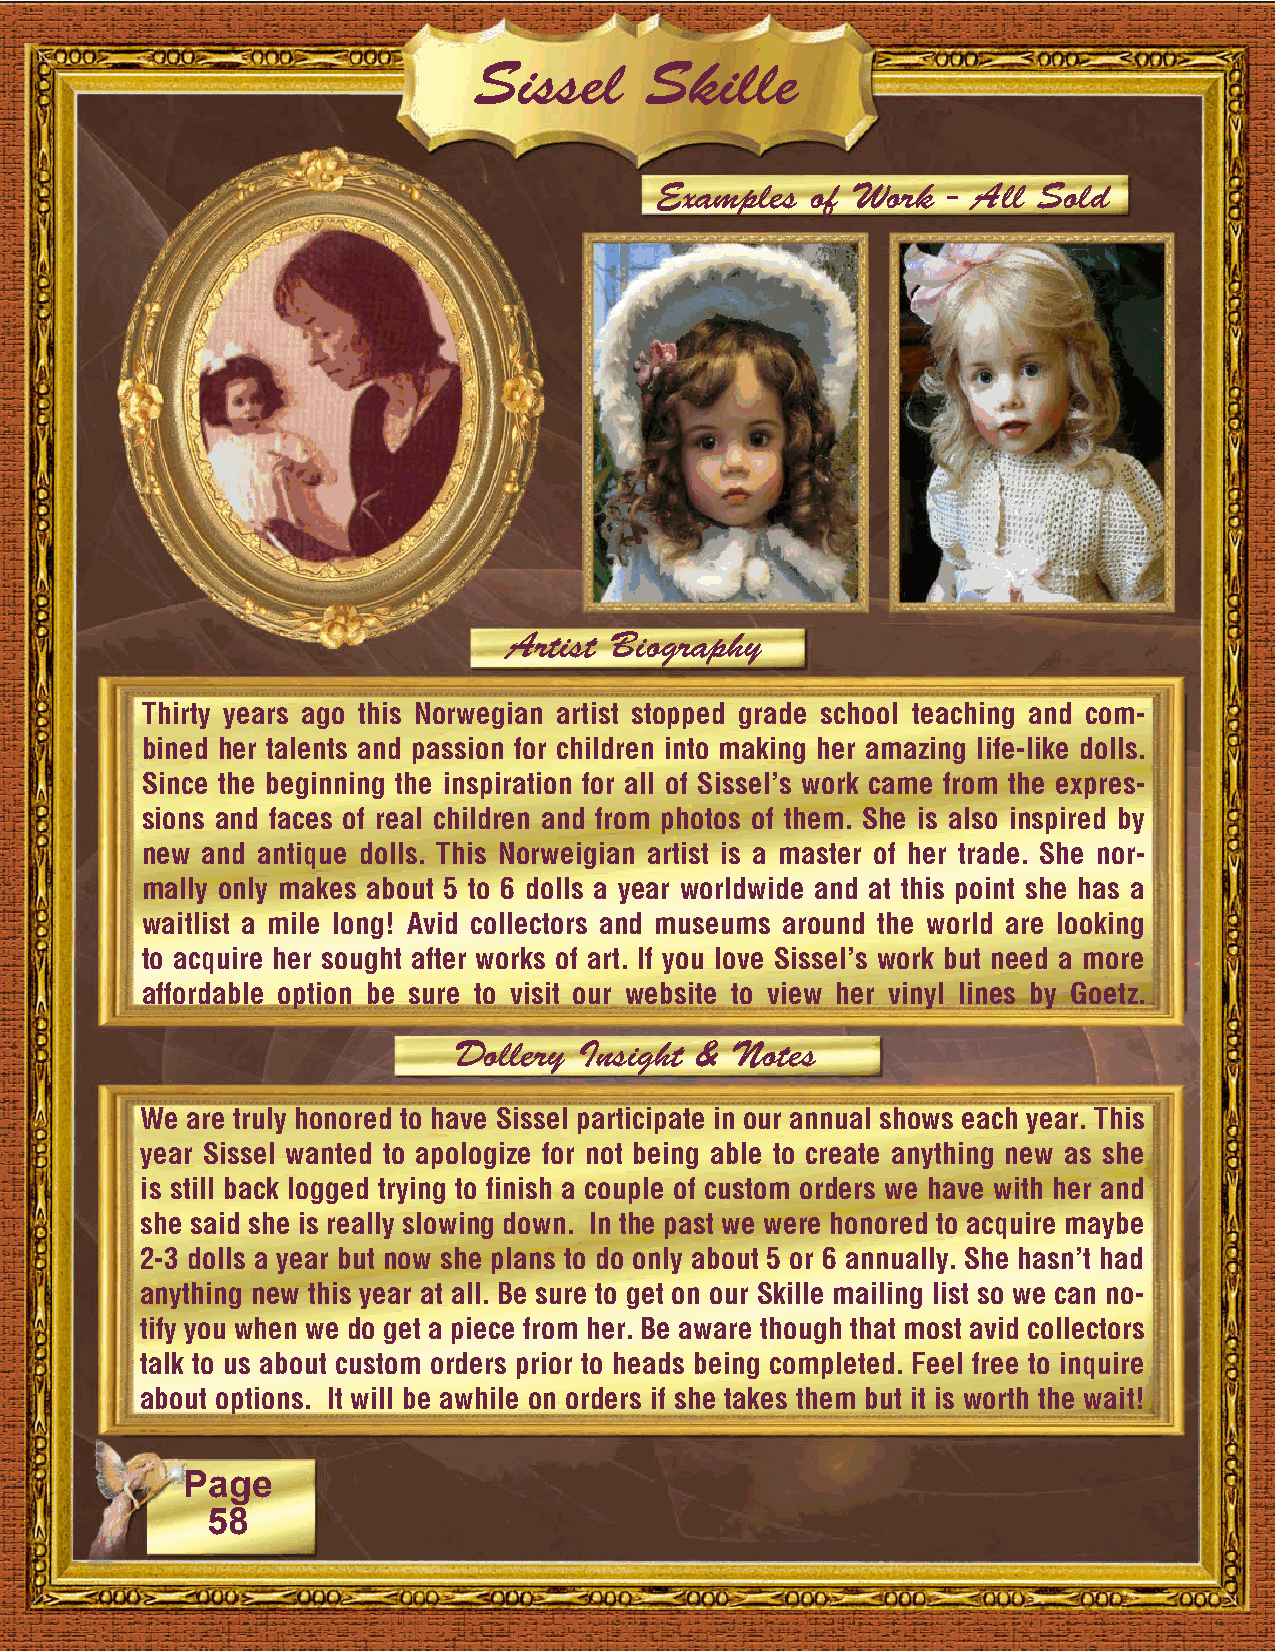
Sissel      Skille
 Examples   of Work  - All Sold
 Artist Biography
 Thirty years ago this Norwegian artist stopped grade school teaching and com-
 bined her talents and passion for children into making her amazing life-like dolls.
 Since the beginning the inspiration for all of Sissel’s work came from the expres-
 sions and faces of real children and from photos of them. She is also inspired by
 new and antique dolls. This Norweigian artist is a master of her trade. She nor-
 mally only makes about 5 to 6 dolls a year worldwide and at this point she has a
 waitlist a mile long! Avid collectors and museums around the world are looking
 to acquire her sought after works of art. If you love Sissel’s work but need a more
 affordable option be sure to visit our website to view her vinyl lines by Goetz.
 Dollery Insight & Notes
 We are truly honored to have Sissel participate in our annual shows each year. This
 year Sissel wanted to apologize for not being able to create anything new as she
 is still back logged trying to finish a couple of custom orders we have with her and
 she said she is really slowing down. In the past we were honored to acquire maybe
 2-3 dolls a year but now she plans to do only about 5 or 6 annually. She hasn’t had
 anything new this year at all. Be sure to get on our Skille mailing list so we can no-
 tify you when we do get a piece from her. Be aware though that most avid collectors
 talk to us about custom orders prior to heads being completed. Feel free to inquire
 about options. It will be awhile on orders if she takes them but it is worth the wait!
 Page
 58